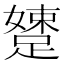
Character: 𨃢